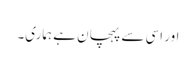
اور اسی سے پہچان ہے ہماری۔